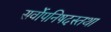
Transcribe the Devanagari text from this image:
सर्वोपनिषदस्तथा